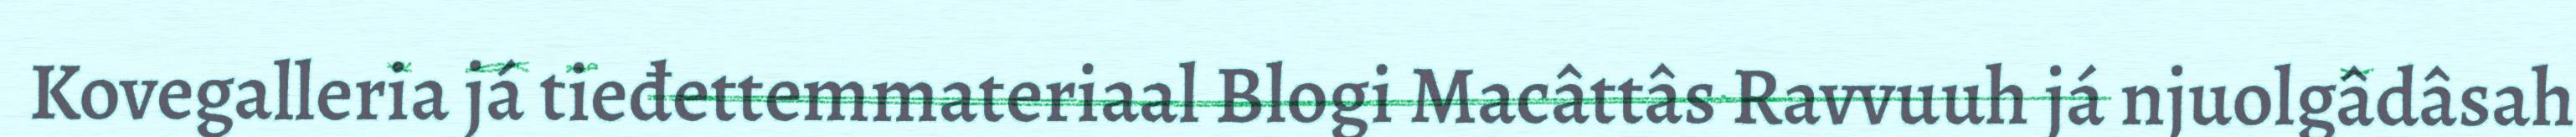
Kovegalleria já tieđettemmateriaal Blogi Macâttâs Ravvuuh já njuolgâdâsah